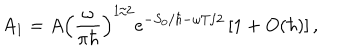
{ A _ { 1 } } = A { { \left( { \frac { \omega } { \pi \hbar } } \right) } ^ { 1 / 2 } } { e ^ { - { S _ { 0 } } / \hbar - \omega T / 2 } } \left[ 1 + O ( \hbar ) \right] ,